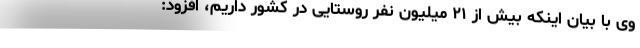
وی با بیان اینکه بیش از ۲۱ میلیون نفر روستایی در کشور داریم، افزود: